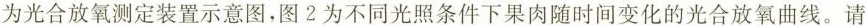
为光合放氧测定装置示意图，图2为不同光照条件下果肉随时间变化的光合放氧曲线。请